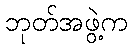
ဘုတ်အဖွဲ့က